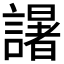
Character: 𮘼